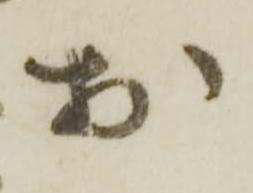
於